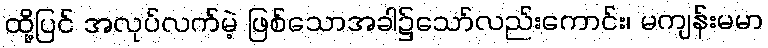
ထို့ပြင် အလုပ်လက်မဲ့ ဖြစ်သောအခါ၌သော်လည်းကောင်း၊ မကျန်းမမာ